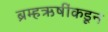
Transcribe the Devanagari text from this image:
ब्रम्हऋषींकडून